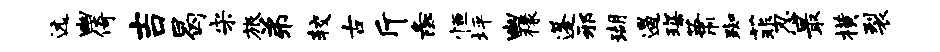
远幽倚吉曷宋旅弟较古斤彘恒坪幽椽蓬邪瑚遏琛萧踟菲忍最横裂